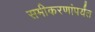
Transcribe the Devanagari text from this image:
समीकरणांपर्यंत